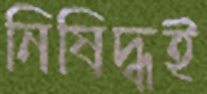
নিষিদ্ধই